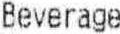
BEVERAGE